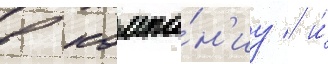
в компа́н'иу / и́